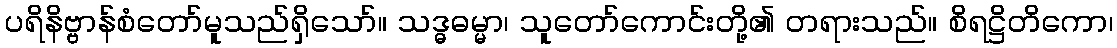
ပရိနိဗ္ဗာန်စံတော်မူသည်ရှိသော်။ သဒ္ဓဓမ္မာ၊ သူတော်ကောင်းတို့၏ တရားသည်။ စိရဋ္ဌိတိကော၊